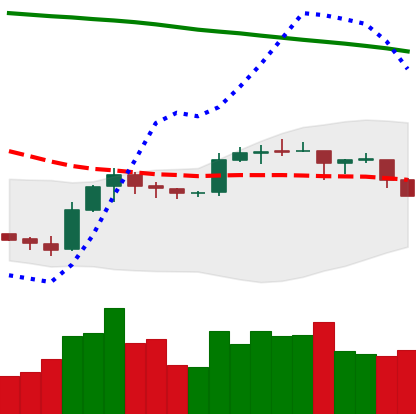
Ticker: EOS-USD
Chart end date: 2019-09-23
Forward return: -22.768%
Label: down_7plus